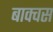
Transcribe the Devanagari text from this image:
बाक्चस